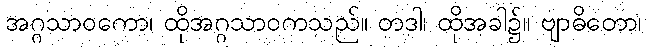
အဂ္ဂသာဝကော၊ ထိုအဂ္ဂသာဝကသည်။ တဒါ၊ ထိုအခါ၌။ ဗျာဓိတော၊